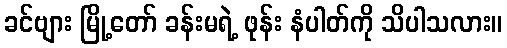
ခင်ဗျား မြို့တော် ခန်းမရဲ့ ဖုန်း နံပါတ်ကို သိပါသလား။